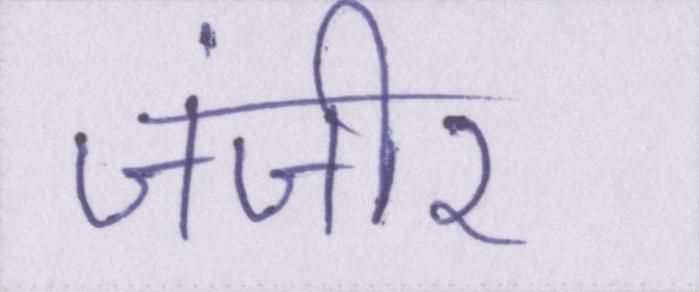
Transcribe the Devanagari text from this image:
जंजीर